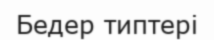
Бедер типтері